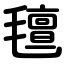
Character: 氊